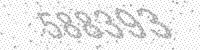
Solution: 588393